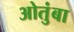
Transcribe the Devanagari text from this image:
ओतुंबा